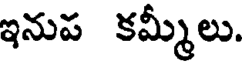
ఇనుప కమ్మీలు.